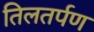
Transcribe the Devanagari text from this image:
तिलतर्पण